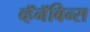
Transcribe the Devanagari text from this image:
व्हॅनॅबिन्स